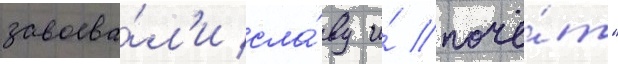
завоева́л'и сла́ву и́ почё́т"